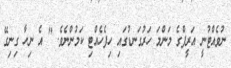
ނުވެއްޓުނީ އަރީފްގެ މަންމަ ހަރުގަނޑުގައި ހިފެހެއްޓި ކަމުންނެވެ. " އެ ނިހާ ގިނިގޭ